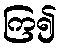
ကြ၍